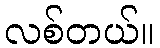
လစ်တယ်။